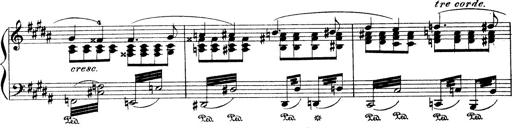
Title: Wagner-Liszt Album
Composer: Franz Liszt